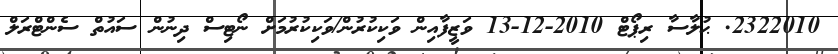
2322010. ޙުލާސާ ރިޕޯޓް 2010-12-13 ވަޒީފާއިން ވަކިކުރުން/ވަކިކުރުމަށް ނޯޓިސް ދިނުން ސައުތް ސެންޓްރަލް